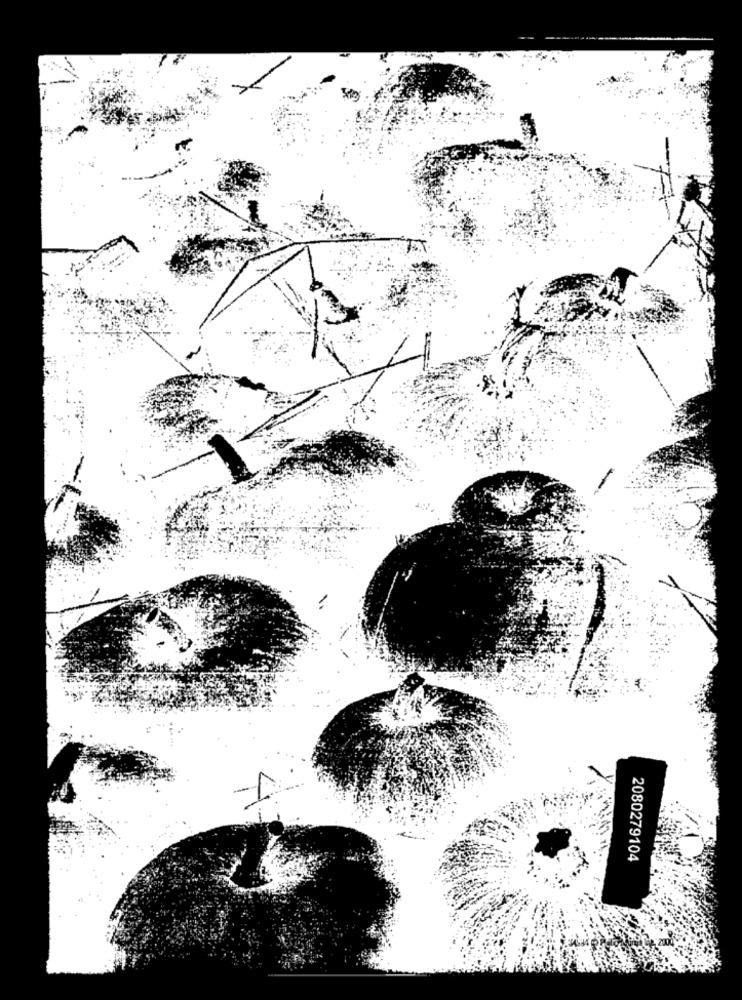
2080279104